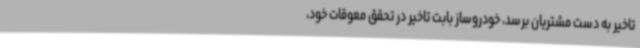
تاخیر به دست مشتریان برسد، خودروساز بابت تاخیر در تحقق معوقات خود،